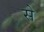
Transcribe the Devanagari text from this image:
से